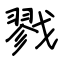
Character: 戮